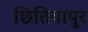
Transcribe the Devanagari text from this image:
छितियापुर